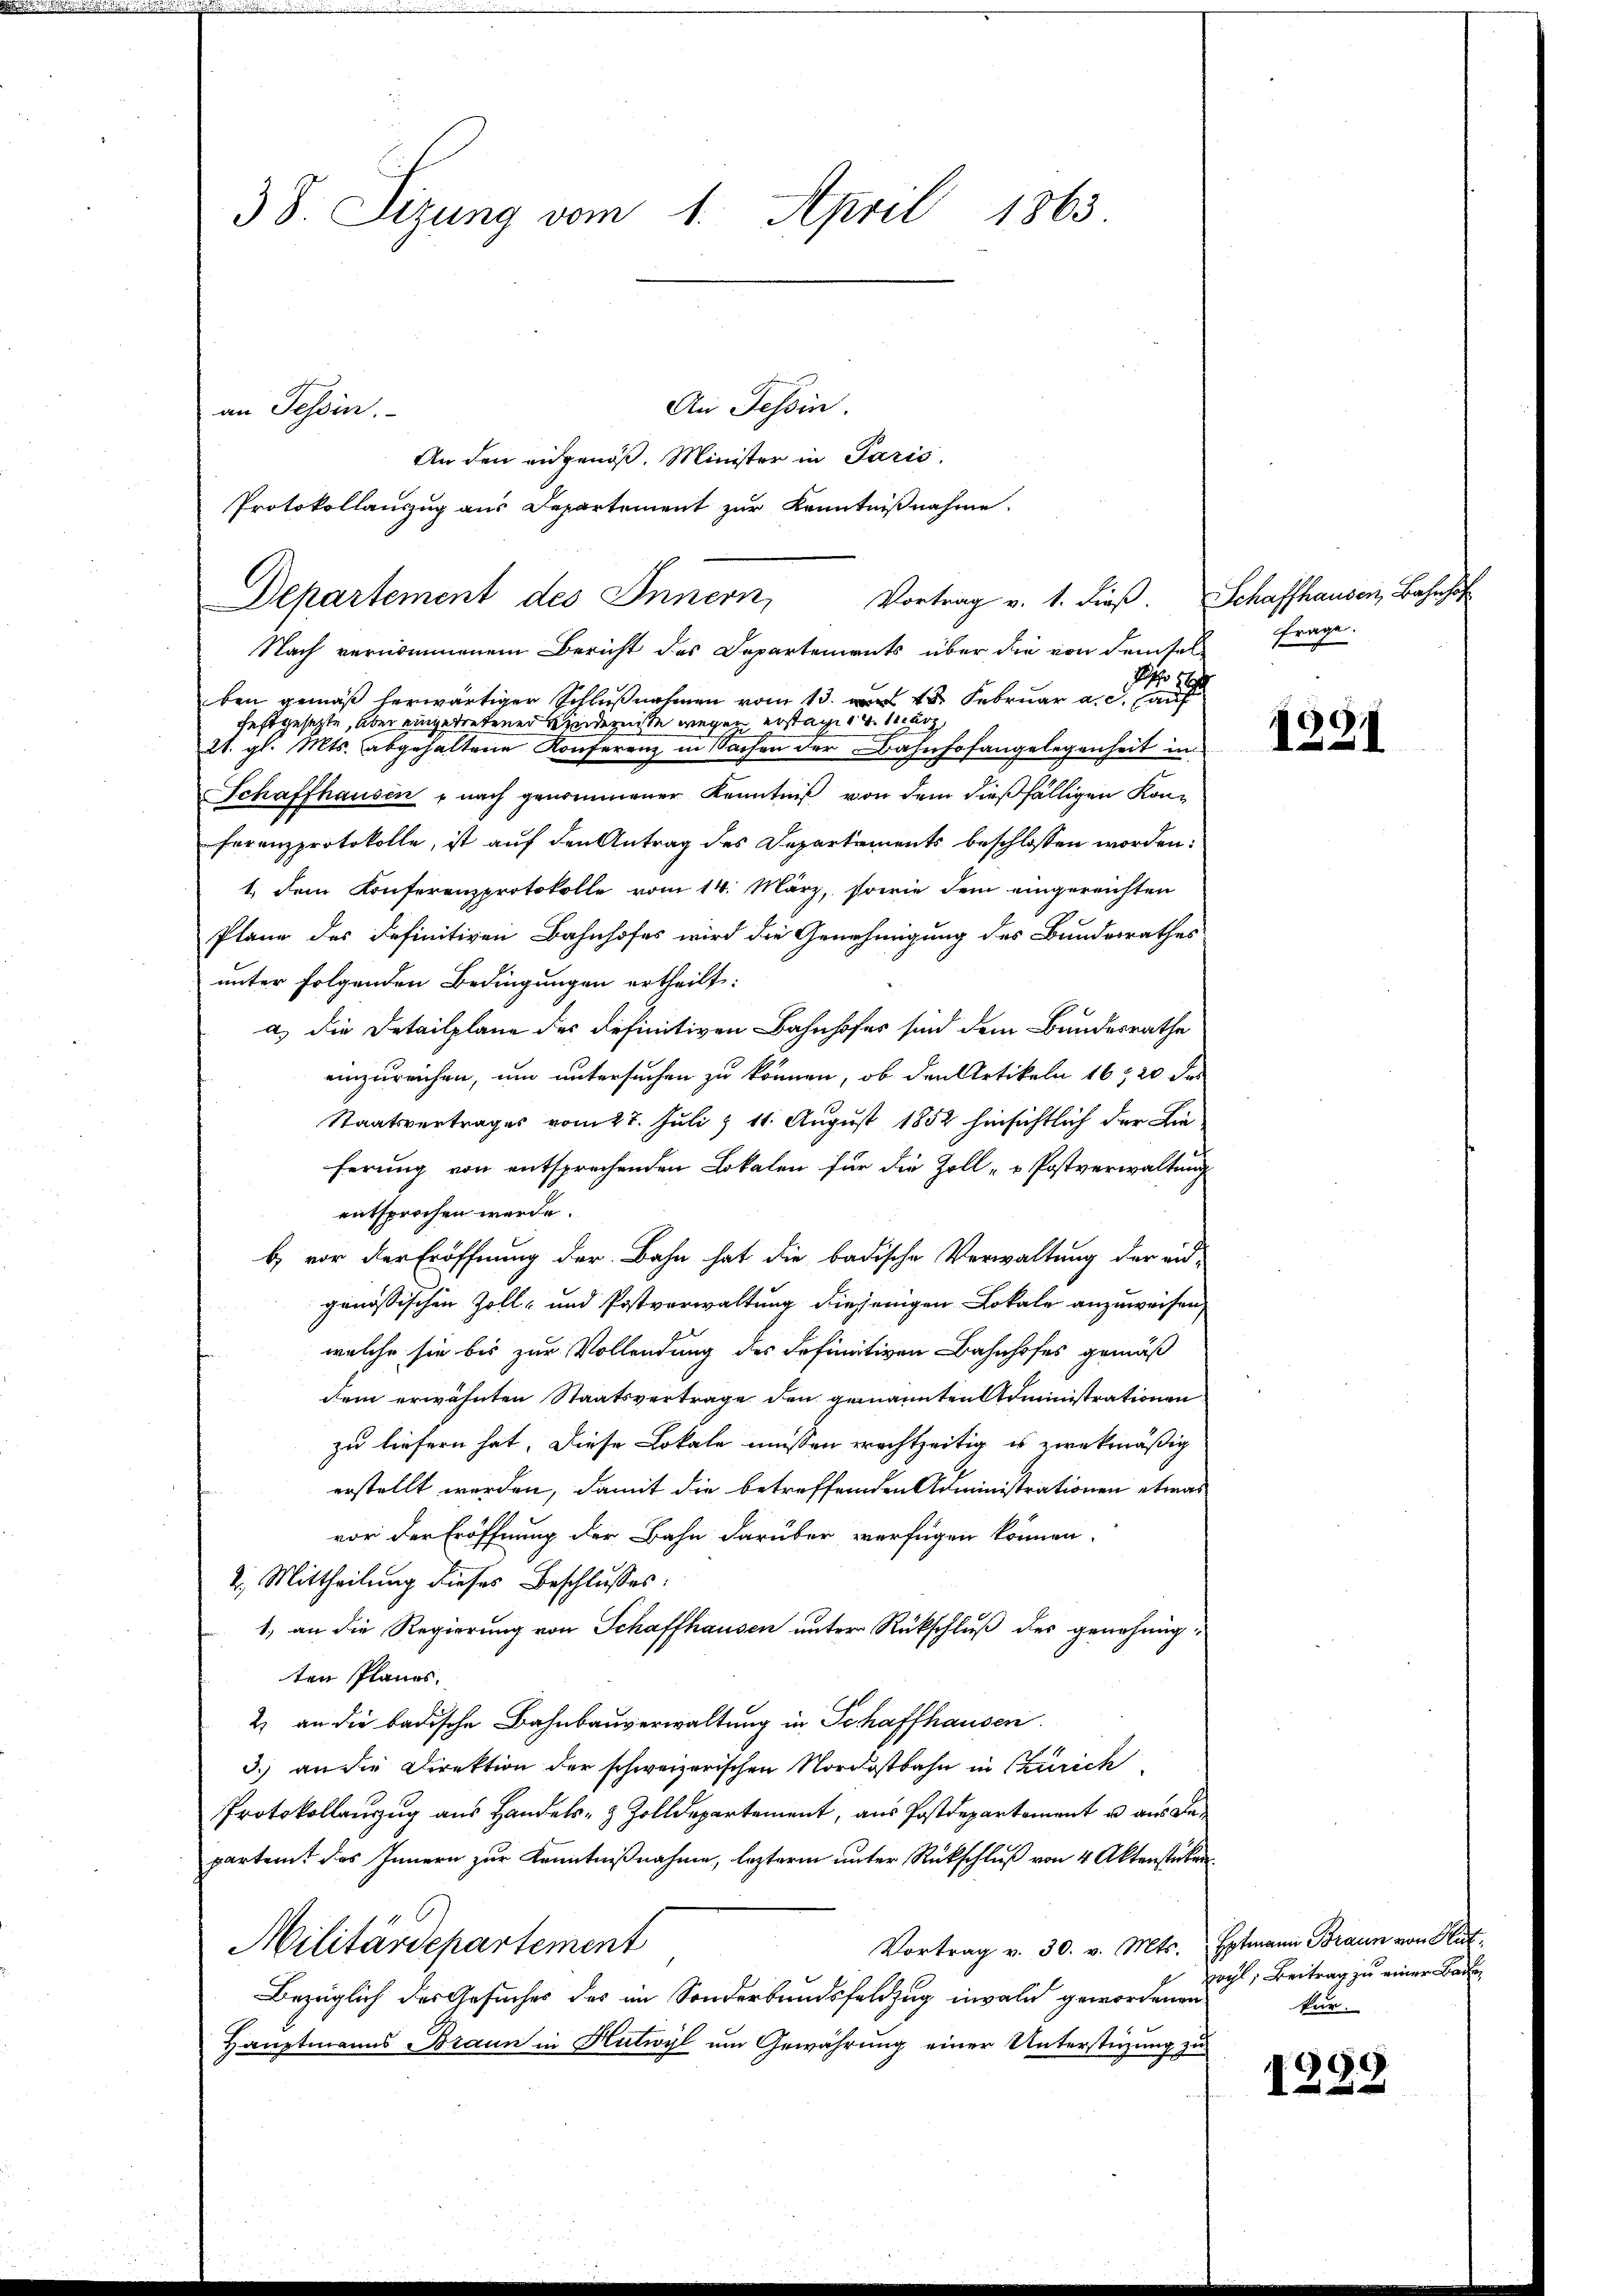
38. Sizung vom 1. April 1863
An Tessin.
an Tessin.

An den eidgenöß. Minister in Paris.
Protokollauszug aus Departement zur Kenntnißnahme

Vortrag v. 1. dieß. Schaffhauser, Bahnhof
Departement des Innern,
Nach vernommenem Bericht des Departements über die von demsel-

Ao 16.
ben gemäß herwärtiger Schlußnahmen vom 13. 18. Februar a.c. auf
festgesetzte, aber eingetretener Kinderente erstage v. Merz,
21. gl. Mts. abgehaltene Konferenz in Sachen der Bahnhofangelegenheit in
Schaffhausen - nach genommener Kenntniß von dem dießfälligen Konferenzprotokolle, ist auf den Antrag des Departements beschlossen worden:
1. dem Konferenzprotokolle vom 14. März, sowie dem eingereichten
Plane des definitiven Bahnhofes wird die Genehmigung des Bundesrathes
unter folgenden Bedingungen ertheilt:
a) die Detailplane der definitiven Bahnhofes sind dem Bundesrathe
einzureichen, um untersuchen zu können, ob den Artikeln 1620 des
Staatsvertrages vom 27. Juli & 11. August 1852 hinsichtlich der Lin
ferung von entsprechenden Lokalen für die Zoll- u Postverwaltung
entsprochen werde.
b) vor der Eröffnung der Bahn hat die badische Verwaltung der eid-
genössischen Zoll- und Postverwaltung diejenigen Lokale anzuweisen,
welche sie bis zur Vollendung des definitiven Bahnhofes gemäß
dem erwähnten Staatsvertrage den genannten Administrationen
zu liefern hat. Diese Lokale müssen rechtzeitig es zwekmäßig
erstellt werden, damit die betreffenden Administrationen etwas
vor der Eröffnung der Bahn darüber verfügen können.
2. Mittheilung dieses Beschlusses:
1., an die Regierung von Schaffhausen unter Rückschluß des genehmigten Planes.
2) an die badische Bahnbauverwaltung in Schaffhausen.
3.) an die Direktion der schweizerischen Nordostbahn in Szurich
Protokollanzug aus Handels- & Zolldepartement, aus Postdepartement u aus de
partamt des Innern zur Kenntnißnahme, lezterm unter Rückschluß von 4 Aktenstücken
Vortrag v. 30. v. Mts. Eptmann Braun von Hut¬
Militärdepartement
Bezüglich des Gesuches des im Sonderbandsfeldzug invalid gewordenen
Hauptmanns Braun in Hutwyl um Gewährung einer Unterstüzung zu

frage.

1291

pogl, Beitrag zu einer Baden
kur.

1282